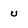
Character: u